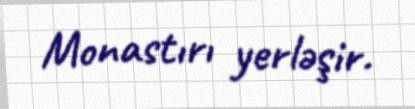
Monastırı yerləşir.